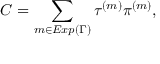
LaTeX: { \cal C } = \sum _ { m \in E x p ( \Gamma ) } \tau ^ { ( m ) } \pi ^ { ( m ) } ,